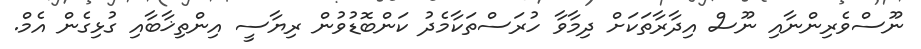
ނޫސްވެރިންނާއި ނޫސް އިދާރާތަކަށް ދިމާވާ ހުރަސްތަކާމެދު ކަންބޮޑުވުން ރިޔާސީ އިންތިޚާބާއި ގުޅިގެން އެމް.